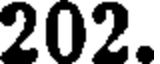
202.